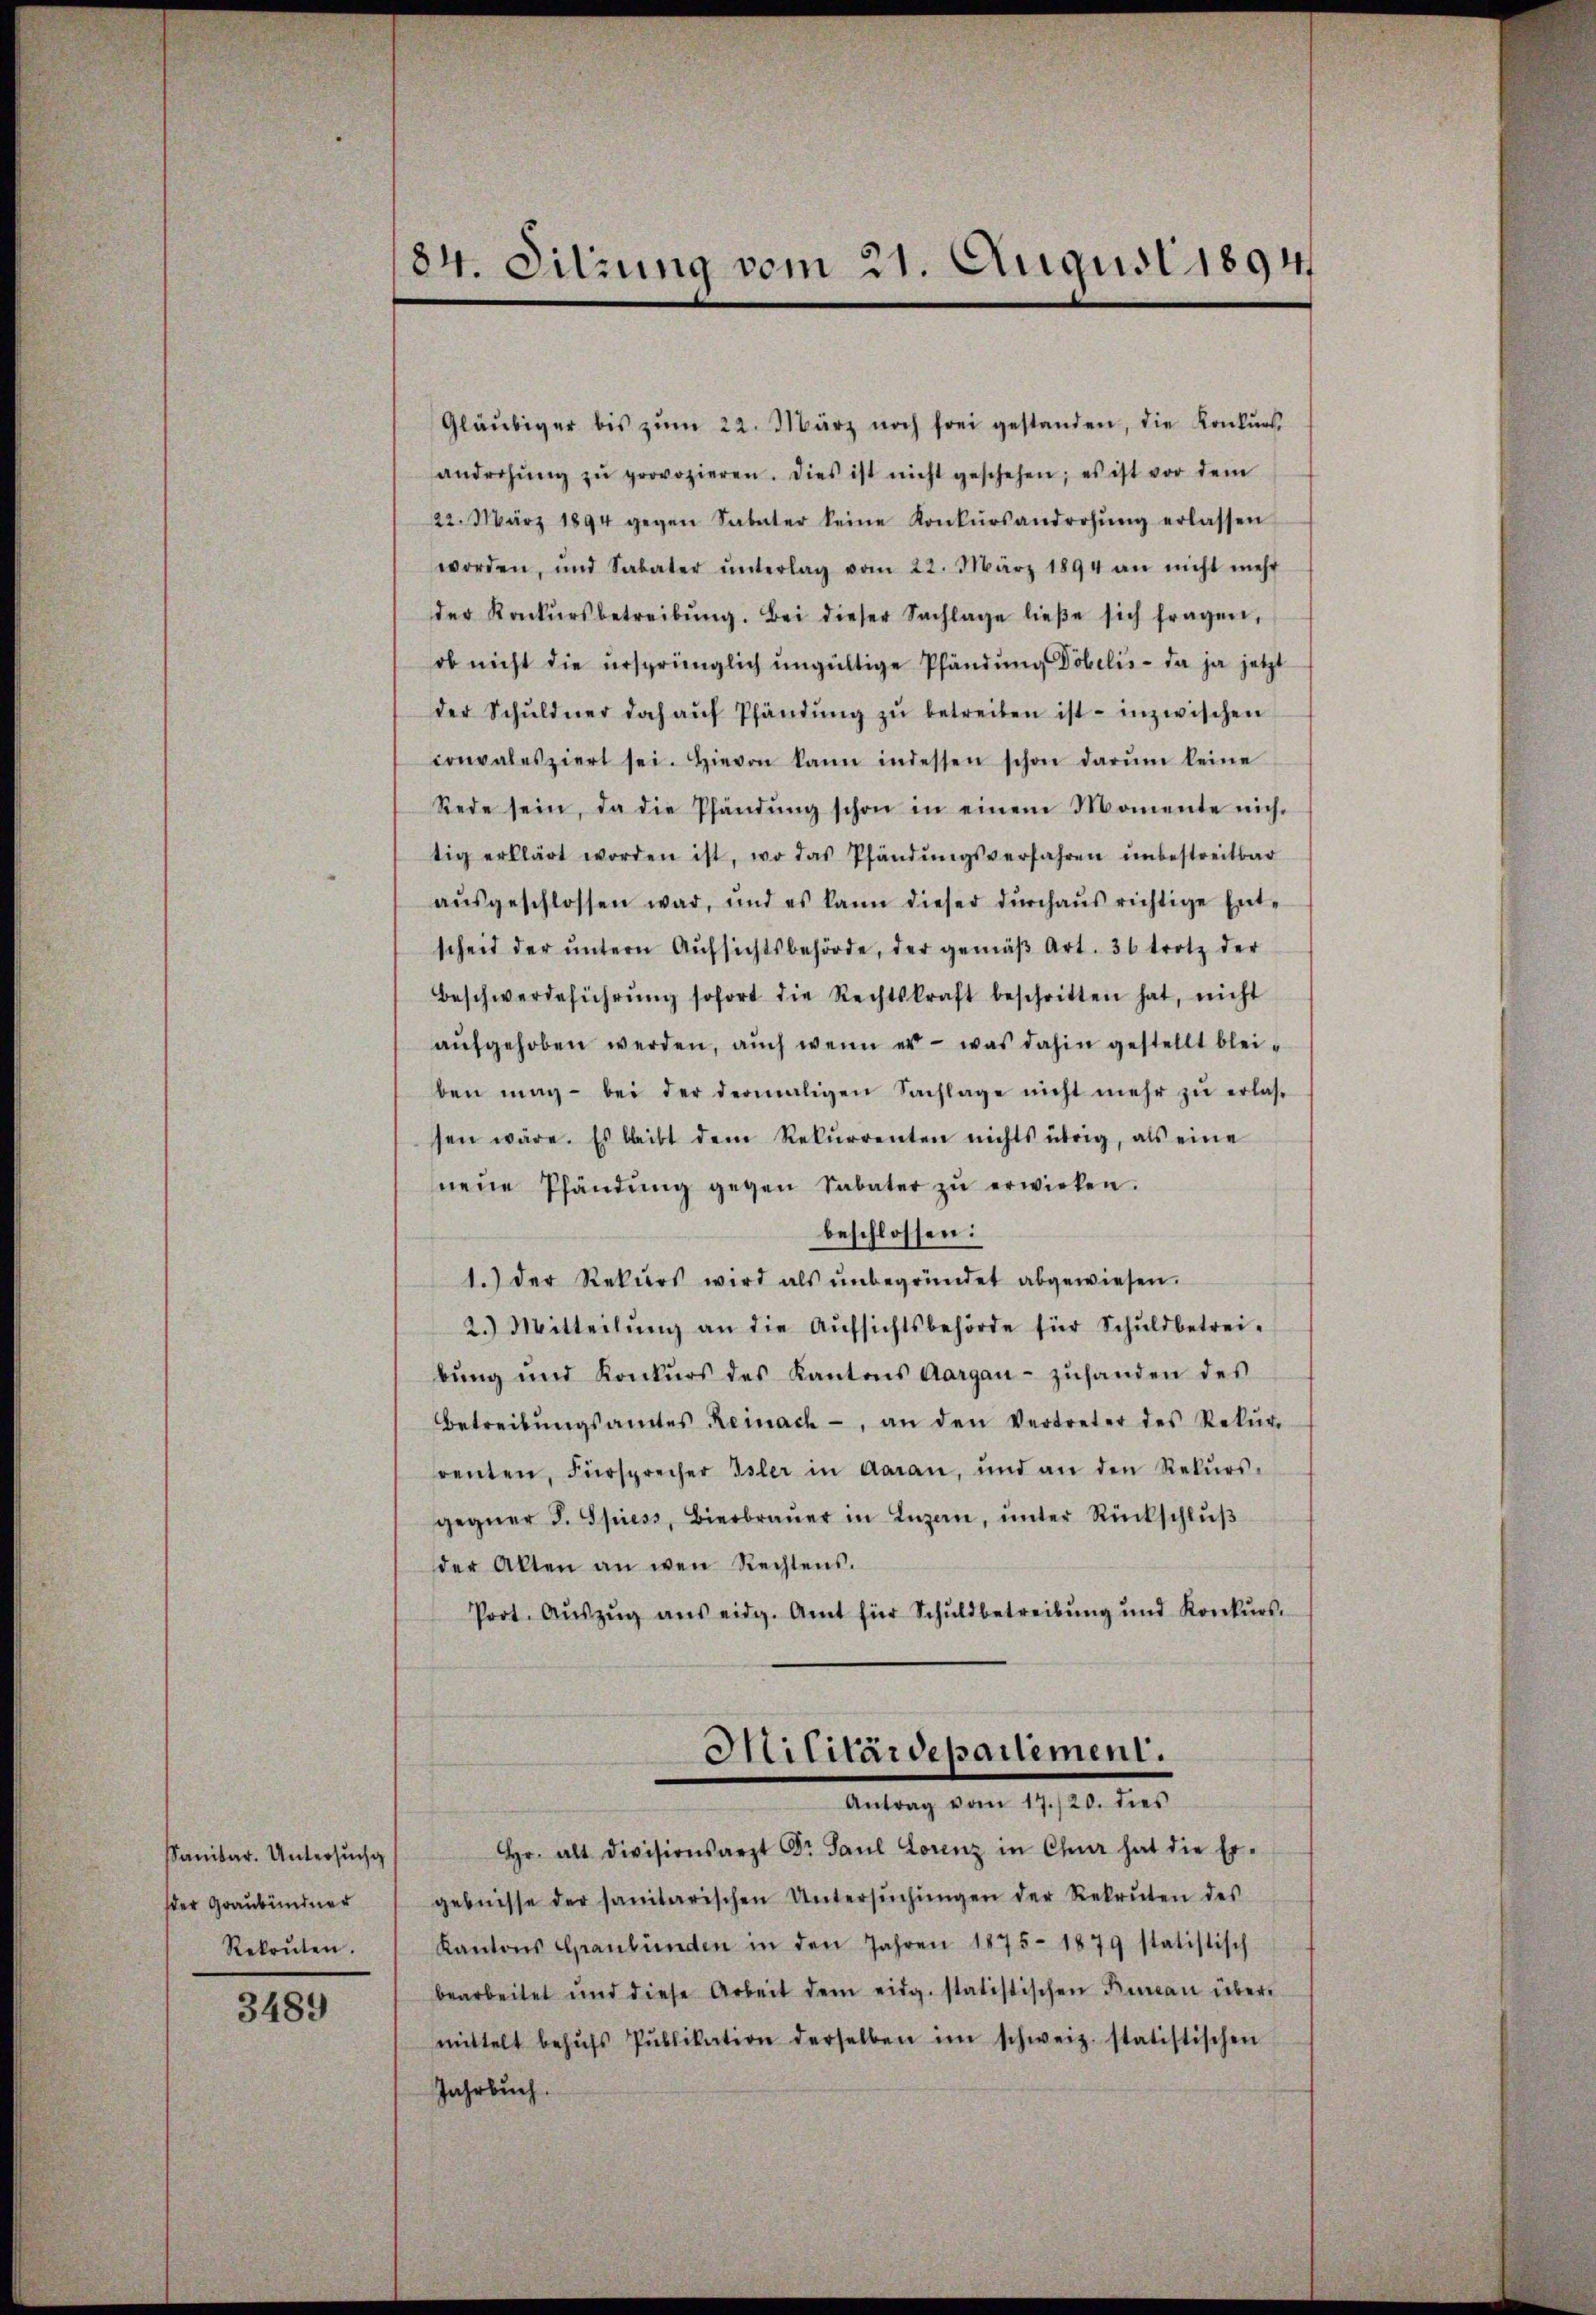
sanitar. Untersuch g
der Graubündner
Rekruten.

3489

84. Sitzung vom 21. August 1894

Gläubiger bis zŭm 22. März noch frei gestanden, die Konkŭrs
androhŭng zŭ provozieren. Dies ist nicht geschehen; es ist vor dem
22. März 1894 gegen Sabater keine Konkursandrohŭng erlassen
worden, und Sabater ŭnterlag vom 22. März 1894 an nicht mehr
der Konkursbetreibŭng. Bei dieser Sachlage ließe sich fragen,
ob nicht die ursprünglich ungültige Pfändung Döbelis - da ja jetzt
der Schŭldner doch aŭf Pfändŭng zŭ betreiben ist - inzwischen
convalesziert sei. Hievon kann indessen schon darŭm keine
Rede sein, da die Pfändŭng schon in einem Momente nich
tig erklärt worden ist, wo das Pfändŭngsverfahren ŭnbestreitbar
aŭsgeschlossen war, und es kann dieser dŭrchaŭs richtige Ent-
scheid der ŭntern Aŭfsichtsbehörde, der gemäβ Art. 36 trotz der
Beschwerdeführŭng sofort die Rechtskraft beschritten hat, nicht
aŭfgehoben werden, auch wenn er - was dahin gestellt bleiben mag bei der dermaligen Sachlage nicht mehr zŭ erlas
sen wäre. Es bleibt dem Rekŭrrenten nichts übrig, als eine
neue Pfändung gegen Sabater zŭ erwirken.
beschlossen:
1.) Der Rekurs wird als ŭnbegründet abgewiesen.
2.) Mitteilŭng an die Aŭfsichtsbehörde für Schŭldbetrei-
bŭng und Konkŭrs des Kantons Aargau- zŭhanden des
betreibŭngsamtes Reinach, an den Vertreter des Rekŭr
renten, Fürsprecher Isler in daran, und an den Rekŭrs-
gegner J. Spiess, Bierbraŭer in Anzen, ŭnter Rückschlŭβ
der Alten an wen Rechtens.
Prot. Aŭszŭg aŭs eidg. Amt für Schuldbetreibŭng und Konkŭrs.

Militärdepartement.
Antrag vom 17./20. dies

Hr. alt Divisionsarzt Dr. Paul Lorenz in Chur hat die Er-
gebnisse der sanitarischen Untersŭchŭngen der Rekruten des
Kantons Graubünden in den Jahren 1875. 1879 statistisch
bearbeitet und diese Arbeit dem eidg. statistischen Bureau über-
mittelt behŭfs Pŭblikation derselben im schweiz. statistischen
Jahrbuch.